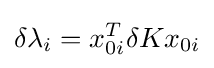
\delta \lambda _{i}=x_{0i}^{T}\delta Kx_{0i}